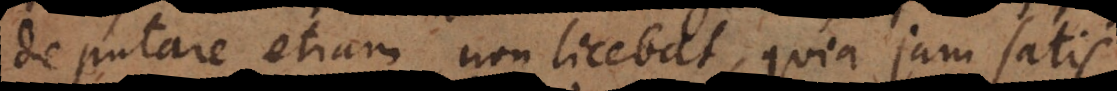
deputare etiam non licebat, quia jam satis